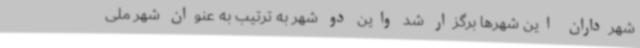
شهرداران این شهرها برگزار شد واین دو شهر به ترتیب به عنوان شهر ملی